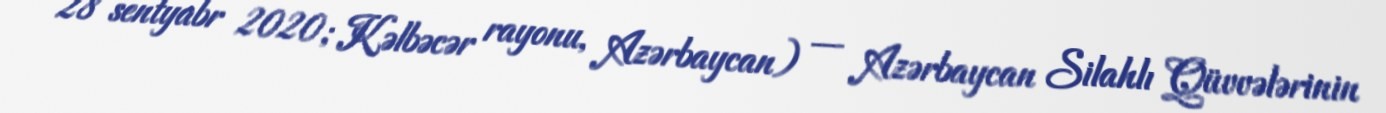
28 sentyabr 2020; Kəlbəcər rayonu, Azərbaycan) — Azərbaycan Silahlı Qüvvələrinin